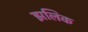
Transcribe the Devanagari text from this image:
झलिक